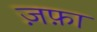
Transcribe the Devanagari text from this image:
ज़फ़ा